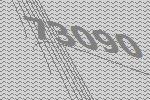
73090